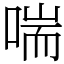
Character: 喘